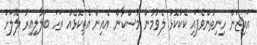
އައިޒަން ހިނިތުންވެފައި ކޭކުކޮޅު ލެވުމުން މުސްކާން އެއިން އެތިކޮޅެއް ރަހަ ބަލާލިއިރު ލޮލަށް